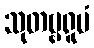
သုတဗ္ဗရူပံ